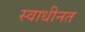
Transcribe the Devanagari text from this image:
स्वाधीनत